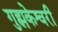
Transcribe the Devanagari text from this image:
गुह्मकेश्वरी